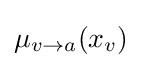
\mu _{v\to a}(x_{v})